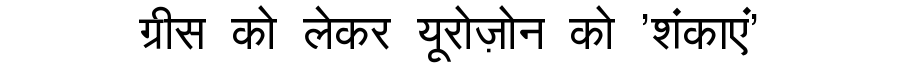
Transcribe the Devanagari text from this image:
ग्रीस को लेकर यूरोज़ोन को 'शंकाएं'